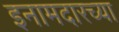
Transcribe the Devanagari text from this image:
इनामदारच्या